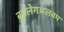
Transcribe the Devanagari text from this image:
बूटलेगअलबम